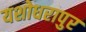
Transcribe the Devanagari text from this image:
यशोधरापुर